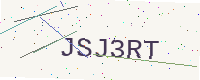
Text: JSJ3RT